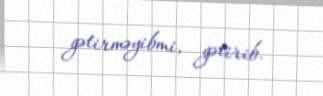
gətirməyibmi, gətirib.